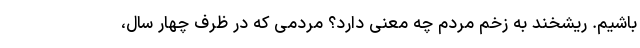
باشیم. ریشخند به زخم مردم چه معنی دارد؟ مردمی که در ظرف چهار سال،